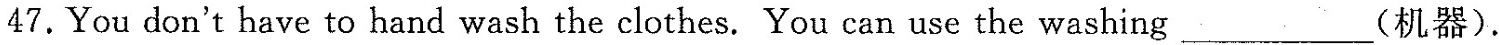
47.You don't have to hand wash the clothes. You can use the washing___(机器).